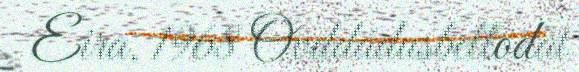
Eira, 1968 Ovddádusbellodat